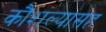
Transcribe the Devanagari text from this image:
कौशल्यासह